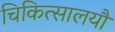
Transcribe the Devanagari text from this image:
चिकित्सालयौं